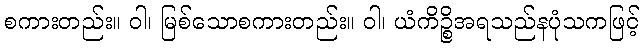
စကားတည်း။ ဝါ၊ မြစ်သောစကားတည်း။ ဝါ၊ ယံကိဉ္စိအရသည်နပုံသကဖြင့်